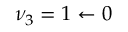
\nu _ { 3 } = 1 \leftarrow 0